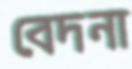
বেদনা